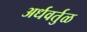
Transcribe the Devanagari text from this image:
अर्धवर्तुळ